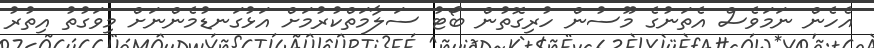
އެހެން ނަމަވެސް އެތަނުގެ މޫސުން ހުރިގޮތުން ބޯޓު ސަލާމަތްކުރުމަށް އަޅުގަނޑުމެންނަށް މިވަގުތު އިތުރު